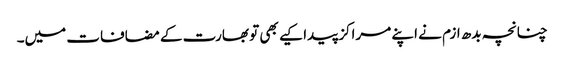
چنانچہ بدھ ازم نے اپنے مراکز پیدا کیے بھی تو بھارت کے مضافات میں۔